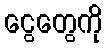
ငွေတွေကို